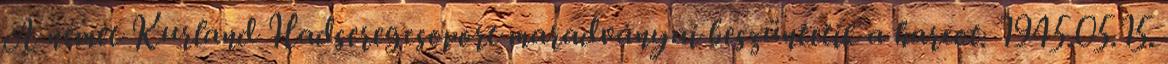
A német Kurland Hadseregcsoport maradványai beszüntetik a harcot. 1945.05.15.